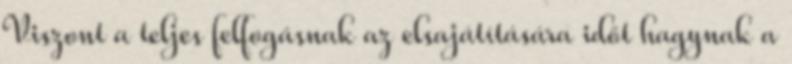
Viszont a teljes felfogásnak az elsajátítására időt hagynak a